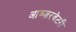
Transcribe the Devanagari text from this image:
आब्ज़रवेटरी